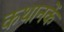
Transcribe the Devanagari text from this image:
कथानकें